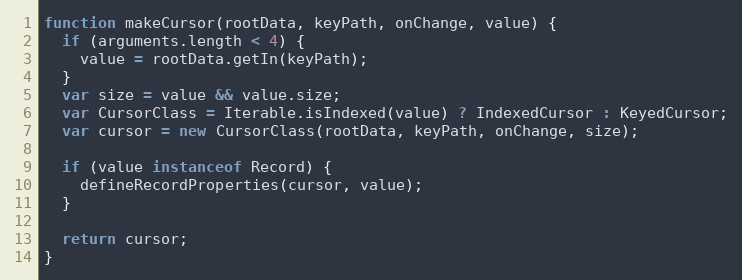
Language: JavaScript
function makeCursor(rootData, keyPath, onChange, value) {
  if (arguments.length < 4) {
    value = rootData.getIn(keyPath);
  }
  var size = value && value.size;
  var CursorClass = Iterable.isIndexed(value) ? IndexedCursor : KeyedCursor;
  var cursor = new CursorClass(rootData, keyPath, onChange, size);

  if (value instanceof Record) {
    defineRecordProperties(cursor, value);
  }

  return cursor;
}